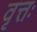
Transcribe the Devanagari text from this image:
वृत्तः